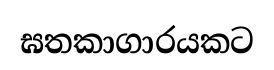
ඝතකාගාරයකට